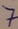
Text: 7